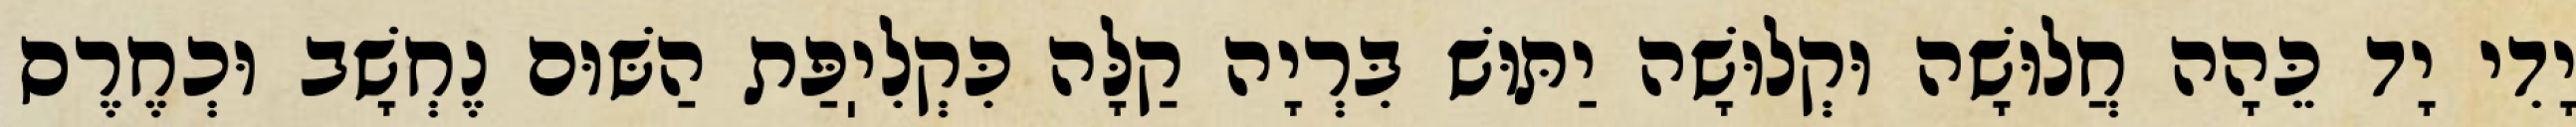
יָדִי יָד כֵּהָה חֲלוּשָׁה וּקְלוּשָׁה יַתּוּשׁ בִּרְיָה קַלָּה כִּקְלִיֽפַּת הַשּׁוּם נֶחְשָׁב וּכְחֶרֶס